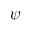
\boldsymbol { \psi }